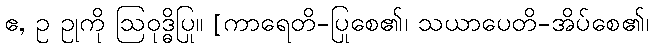
ဧ, ဥ ဥုကို ဩဝုဒ္ဓိပြု။ [ကာရေတိ-ပြုစေ၏၊ သယာပေတိ-အိပ်စေ၏၊